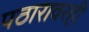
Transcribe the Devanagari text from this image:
पठारावरही